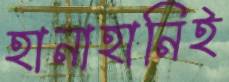
হানাহানিই